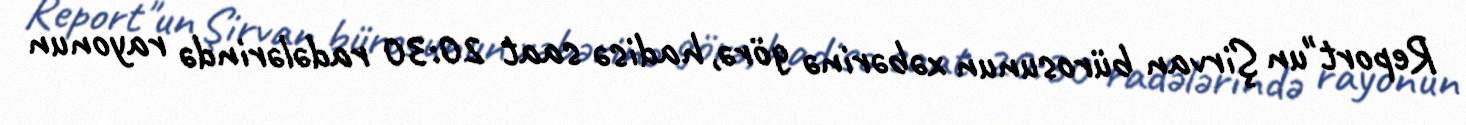
Report"un Şirvan bürosunun xəbərinə görə, hadisə saat 20:30 radələrində rayonun